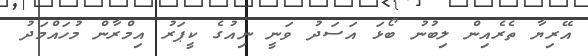
އޭރިޔާ ތެރެއިން ލިބުނު ބޯޅަ އަސަދު ވަނީ ނިއުގެ ކީޕަރު އިމްރާން މުހައްމަދު